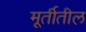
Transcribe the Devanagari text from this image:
मूर्तीतील